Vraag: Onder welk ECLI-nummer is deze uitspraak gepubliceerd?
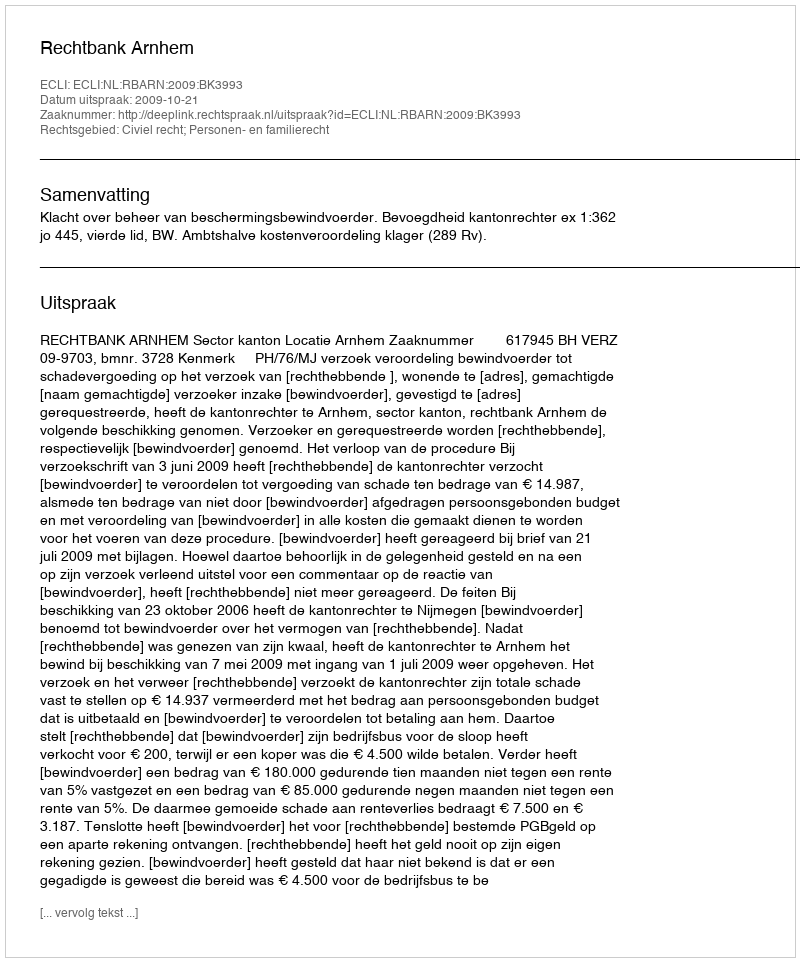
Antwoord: ECLI:NL:RBARN:2009:BK3993